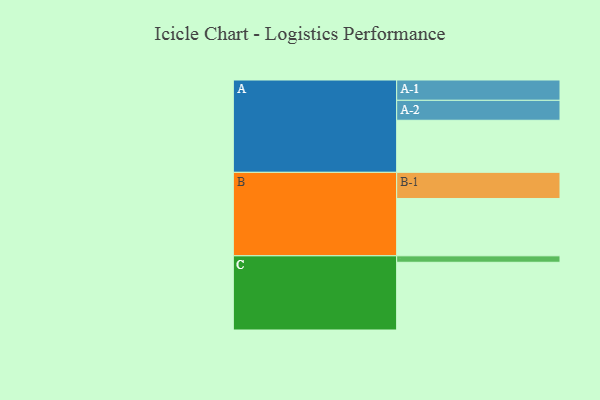
{"axis": {"x": "Segment", "y": "Value"}, "legend": ["", "A", "B", "C"], "data": [{"x": "A", "y": 436, "type": ""}, {"x": "B", "y": 480, "type": ""}, {"x": "C", "y": 567, "type": ""}, {"x": "A-1", "y": 170, "type": "A"}, {"x": "A-2", "y": 167, "type": "A"}, {"x": "B-1", "y": 219, "type": "B"}, {"x": "C-1", "y": 54, "type": "C"}]}